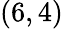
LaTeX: (6,4)